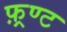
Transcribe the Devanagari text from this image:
फ़्रण्ट